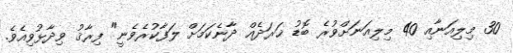
30 މިލިއަނާއި 40 މިލިއަނަށްވުރެ ބޮޑު ޚަރަދެއް ދާނެކަމަށް ލަފާކުރެވެނީ" ފިރާޤު ވިދާޅުވިއެވެ.